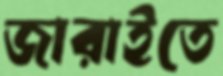
জারাইতে